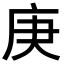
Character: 庚